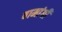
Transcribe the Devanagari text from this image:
वामांगीं